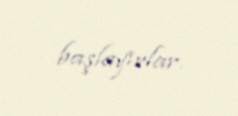
başlayırlar.